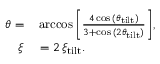
\begin{array} { r l } { \theta = } & { { } \operatorname { a r c c o s } { \biggl [ \frac { 4 \cos { ( \theta _ { \mathrm { t i l t } } ) } } { 3 + \cos { ( 2 \theta _ { \mathrm { t i l t } } ) } } \biggl ] } , } \\ { \xi } & { { } = 2 \, \xi _ { \mathrm { t i l t } } . } \end{array}